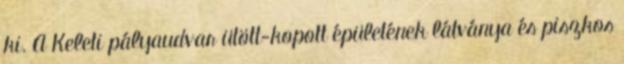
ki. A Keleti pályaudvar ütött-kopott épületének látványa és piszkos